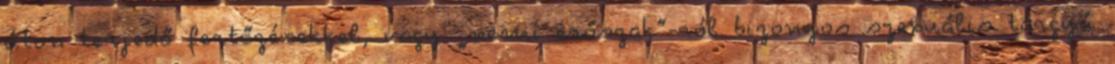
úton terjedő fertőzésekkel, vagy „nemi erőszak”-ról bizonyos szexuális tárgyú